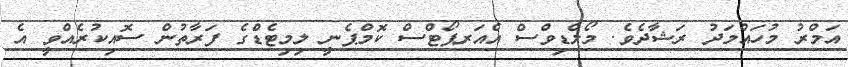
އަމްރު މުހައްމަދު ރަޝާދެވެ. މޯލްޑިވްސް އެއަރޕޯޓްސް ކޮމްޕެނީ ލިމިޓެޑްގެ ފަރާތުން ސޮއިކުރެއްވީ އެ